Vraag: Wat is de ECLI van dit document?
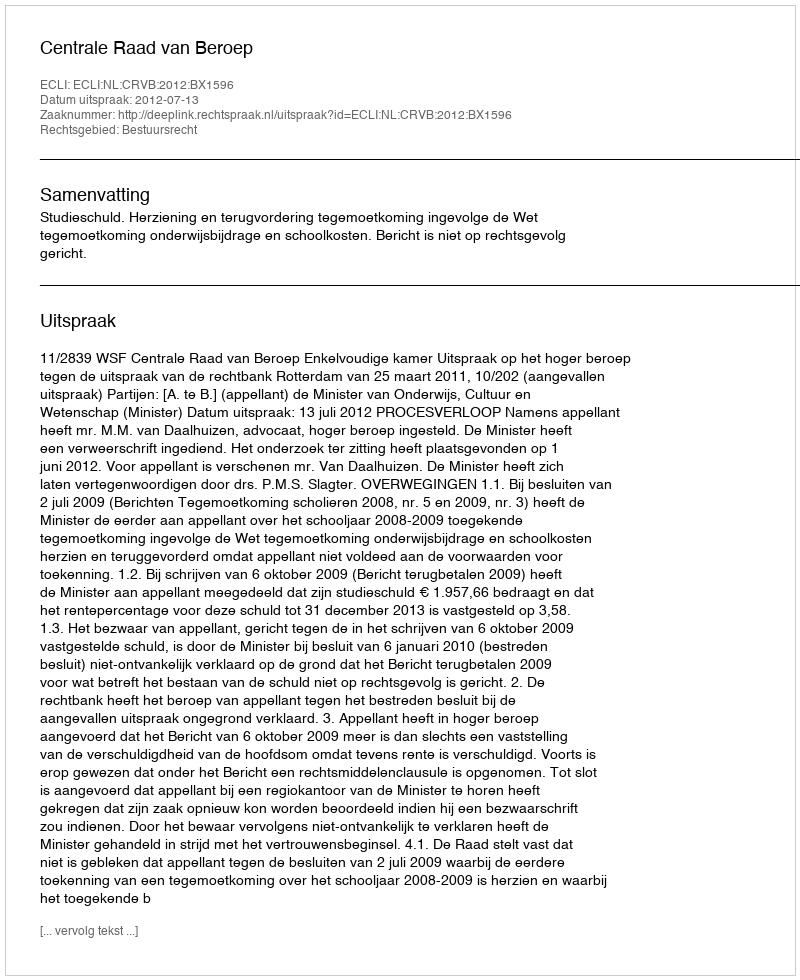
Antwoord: ECLI:NL:CRVB:2012:BX1596